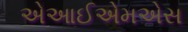
એઆઈએમએસ